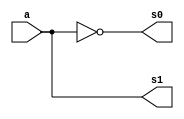
// ------------------------- 
// Exemplo0025 - COMPLEMENTO DE 2
// Nome: Marcio Santana Correa -  // Matricula: 382175
// ------------------------- 

// -------------------------
//  complemento
// -------------------------

module halfAdder1 (output s1, output s0, input a);
	xor (s0, a, 1);
	and (s1, a, 1);
endmodule // halfAdder1

module halfAdder2 (output s1, output s0, input a, input b);
	xor (s0, a, b);
	and (s1, a, b);
endmodule // halfAdder2

module Complemento (output c_out, output s2, output s1, output s0, input [2:0] a);
	wire notA0,notA1,notA2,x,y;
	
	not NOT1 (notA0, a[0]);
	not NOT2 (notA1, a[1]);
	not NOT3 (notA2, a[2]);
	halfAdder1 HA1  (x, s0, notA0);
	halfAdder2 HA2A (y, s1, notA1, x);
	halfAdder2 HA2B (c_out, s2, notA2, y);
endmodule // Complemento

module test_Complemento;
// ------------------------- definir dados
   reg [2:0]x;
	wire c_out,s2,s1,s0;
	
	Complemento Cde2 (c_out,s2,s1,s0,x);
	
	initial begin: start
		x = 3'b000; 
	end
	
// ------------------------- parte principal
   initial begin
      $display("Exemplo0025 - Marcio Santana Correa -  345368");
      $display("Test ALU's complemento");
		$display(" a  = c_out s2 s1 s0");
      $monitor("%b =   %b    %b  %b  %b",x,c_out,s2,s1,s0); 
		#1 x = 3'b001;  
		#1 x = 3'b010; 
		#1 x = 3'b011; 
		#1 x = 3'b100; 
		#1 x = 3'b101; 
		#1 x = 3'b110; 
		#1 x = 3'b111; 
   end
endmodule // test_Complemento
/*
    Exemplo0025 - Marcio Santana Correa -  345368
    Test ALU's complemento
     a  = c_out s2 s1 s0
    000 =   1    0  0  0
    001 =   0    1  1  1
    010 =   0    1  1  0
    011 =   0    1  0  1
    100 =   0    1  0  0
    101 =   0    0  1  1
    110 =   0    0  1  0
    111 =   0    0  0  1
*/